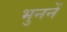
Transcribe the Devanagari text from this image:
भुननें